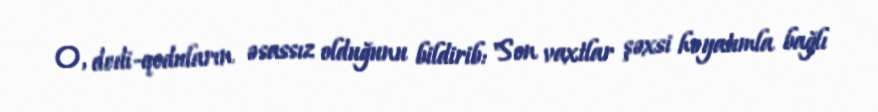
O, dedi-qoduların əsassız olduğunu bildirib: "Son vaxtlar şəxsi həyatımla bağlı